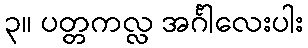
၃။ ပတ္တကလ္လ အင်္ဂါလေးပါး